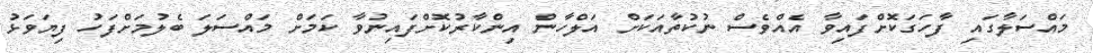
މައްސަލާގައި ފާހަގަކޮށްފައިވާ އެއްވެސް ނުކުތާއަކަށް އަލްހާން އިންކާރުކޮށްފައިނުވާ ކަމަށް މައްސަލަ ބެލުމަށްފަހު ފިޔަވަޅު